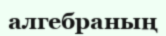
алгебраның